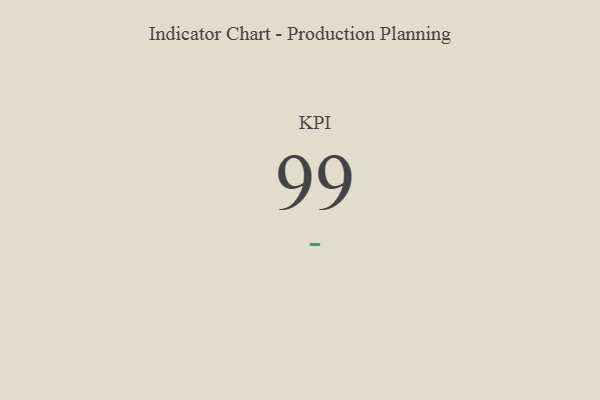
{"axis": {"x": "KPI", "y": "Value"}, "legend": [""], "data": [{"x": "KPI", "y": 99, "type": ""}]}